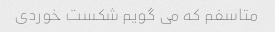
متاسفم که می گویم شکست خوردی